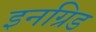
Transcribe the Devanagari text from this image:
इनग्रिड